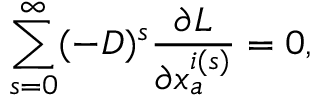
\sum _ { s = 0 } ^ { \infty } ( - D ) ^ { s } \frac { \partial L } { \partial x _ { a } ^ { i ( s ) } } = 0 ,